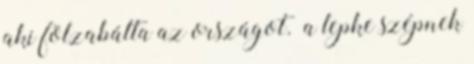
aki fölzabálta az országot. a lepke szépnek